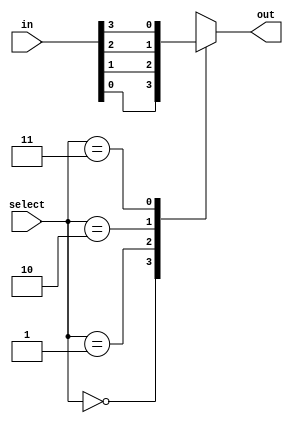
module f2_test_6(input [3:0] in, input [1:0] select, output reg out);
always @( in or select)
    case (select)
	    0: out = in[0];
	    1: out = in[1];
	    2: out = in[2];
	    3: out = in[3];
	endcase
endmodule